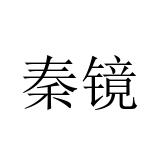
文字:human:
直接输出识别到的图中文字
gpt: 秦镜